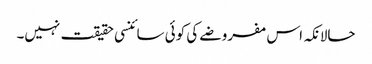
حالانکہ اس مفروضے کی کوئی سائنسی حقیقت نہیں۔